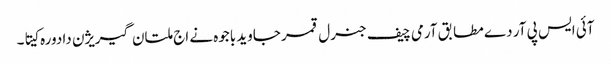
آئی ایس پی آر دے مطابق آرمی چیف جنرل قمر جاوید باجوہ نے اج ملتان گیریژن دا دورہ کیتا۔